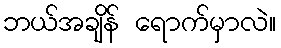
ဘယ်အချိန် ရောက်မှာလဲ။